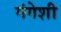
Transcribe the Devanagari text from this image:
गंगेशी